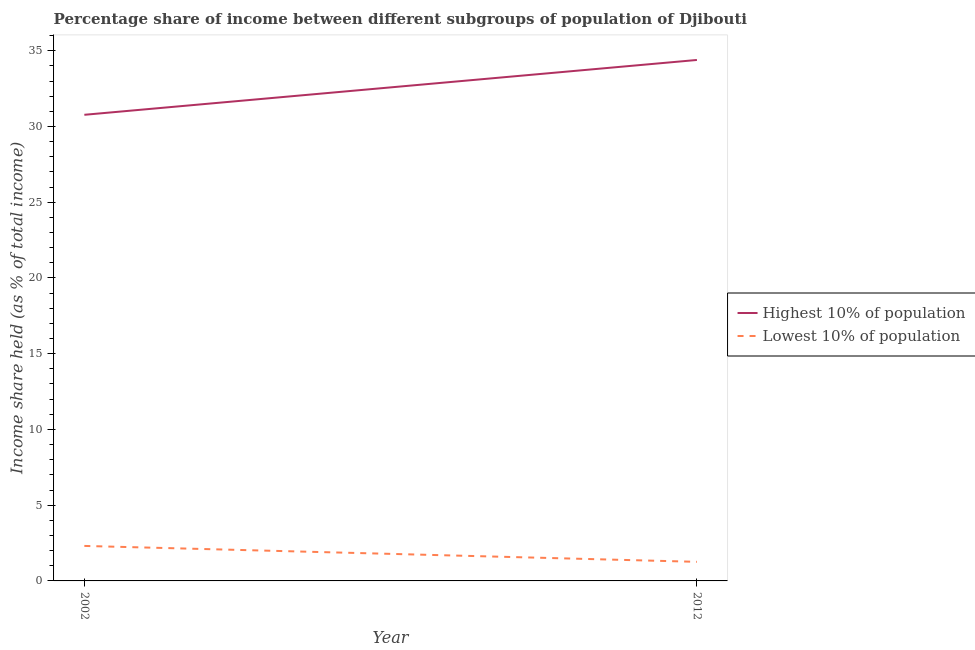
| Year | Highest 10% of population | Lowest 10% of population |
 | --- | --- | --- |
 | 2002 | 30.8 | 2.31 |
 | 2012 | 34.4 | 1.26 |